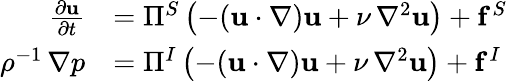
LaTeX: {\begin{array}{rl}{{\frac{\partial\mathbf{u}}{\partial t}}}&{=\Pi^{S}\left(-(\mathbf{u}\cdot\nabla)\mathbf{u}+\nu\, \nabla^{2}\mathbf{u}\right)+\mathbf{f}^{S}}\\ {\rho^{-1}\, \nabla p}&{=\Pi^{I}\left(-(\mathbf{u}\cdot\nabla)\mathbf{u}+\nu\, \nabla^{2}\mathbf{u}\right)+\mathbf{f}^{I}}\end{array}}